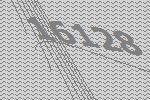
16128